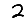
Digit: 2